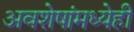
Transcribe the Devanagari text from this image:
अवशेषांमध्येही